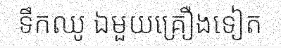
ទឹកឈូ ឯមួយគ្រឿងទៀត